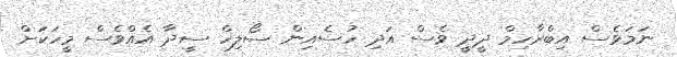
ނަމަވެސް އިބްރާހިމް ދީދީ ވެސް އަދި ހުސެއިން ސޯލިހް ސީދާ އެއްވެސް މީހަކަށް